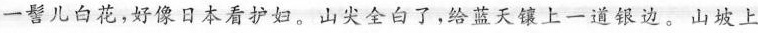
一髻儿白花，好像日本看护妇。山尖全白了，给蓝天镶上一道银边。山坡上